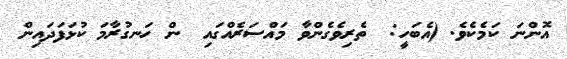
އޮންނަ ކަމެކެވެ. (އެބަހީ:  ތެރިވެގެންވާ މައްސަރެއްގައި  ން ހަނގުރާމަ ކުޅަފަދައިން